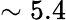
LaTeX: \sim 5.4